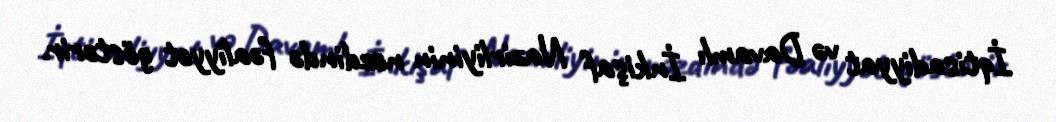
İqtisadiyyat və Davamlı İnkişaf Nazirliyinin nəzdində fəaliyyət göstərir.